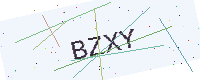
Text: BZXY